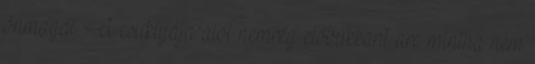
önmagát. A csuklyája alól nemrég előbukkant arc mintha nem